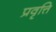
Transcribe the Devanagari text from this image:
प्रवृत्ति